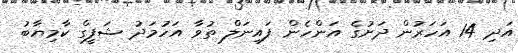
އަދި 14 އަހަރުން ދަށުގެ އަންހެން ފައިނަލް ތުވާ އަހުމަދު ޝަފީގް ކާމިޔާބު